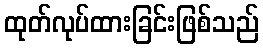
ထုတ်လုပ်ထားခြင်းဖြစ်သည်